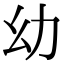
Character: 幼